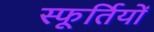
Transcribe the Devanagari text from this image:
स्फूर्तियों